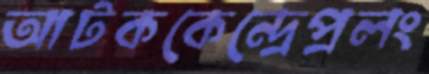
আটককেন্দ্রেপ্রলং